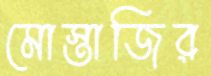
মোস্তাজির